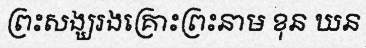
ព្រះសង្ឃរងគ្រោះព្រះនាម ខុន ឃន